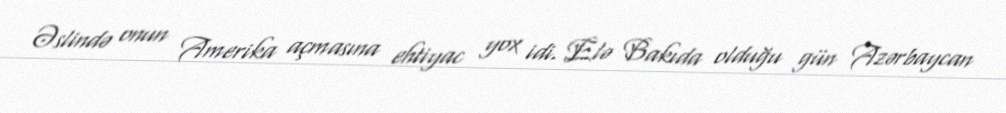
Əslində onun Amerika açmasına ehtiyac yox idi. Elə Bakıda olduğu gün Azərbaycan